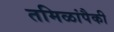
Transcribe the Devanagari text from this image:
तमिळांपैकी